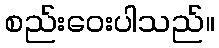
စည်းဝေးပါသည်။